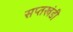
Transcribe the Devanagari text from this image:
सप्तखंडी